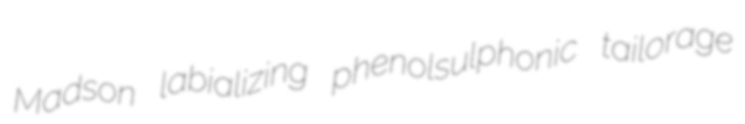
Madson labializing phenolsulphonic tailorage